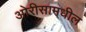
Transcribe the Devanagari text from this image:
ओरीसामधील